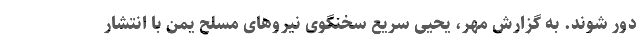
دور شوند. به گزارش مهر، یحیی سریع سخنگوی نیروهای مسلح یمن با انتشار